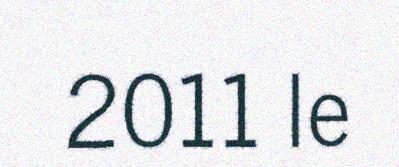
2011 le